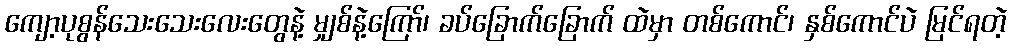
ကျော့ပုစွန်သေးသေးလေးတွေနဲ့ မျှစ်နဲ့ကြော်၊ ခပ်ခြောက်ခြောက် ထဲမှာ တစ်ကောင်၊ နှစ်ကောင်ပဲ မြင်ရတဲ့